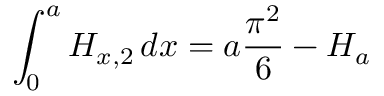
\int _ { 0 } ^ { a } H _ { x , 2 } \, d x = a { \frac { \pi ^ { 2 } } { 6 } } - H _ { a }